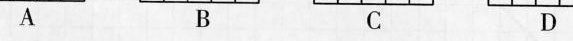
A B C D